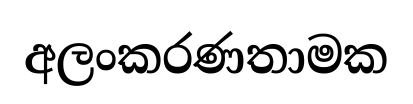
අලංකරණතාමක